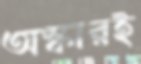
অস্কারই